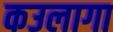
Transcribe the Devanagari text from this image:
कउलागा